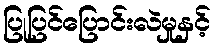
ပြုပြင်ပြောင်းလဲမှုနှင့်